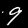
Digit: 9